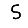
Digit: 5